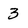
Character: 3